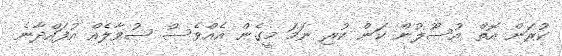
ކުރަން އޮތް އުސޫލުން ކަން ކުރި ނަމަ މީގެން އެއްވެސް ސުވާލެއް އުފައްދާނެ